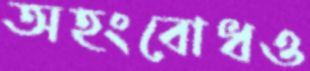
অহংবোধও